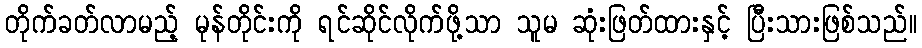
တိုက်ခတ်လာမည့် မုန်တိုင်းကို ရင်ဆိုင်လိုက်ဖို့သာ သူမ ဆုံးဖြတ်ထားနှင့် ပြီးသားဖြစ်သည်။